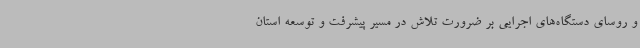
و روسای دستگاه‌های اجرایی بر ضرورت تلاش در مسیر پیشرفت و توسعه استان